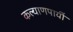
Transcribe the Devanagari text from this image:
कल्याणपायीं